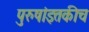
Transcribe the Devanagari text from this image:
पुरुषांइतकीच